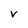
Character: V